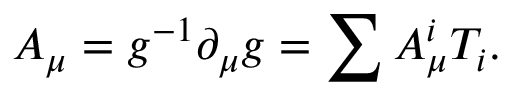
A _ { \mu } = g ^ { - 1 } \partial _ { \mu } g = \sum A _ { \mu } ^ { i } T _ { i } .